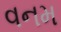
વનમ